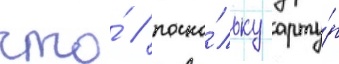
что́ / поско́льку арту́р